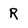
Character: R